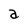
Character: a